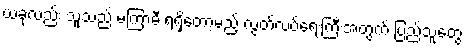
ယခုလည်း သူသည် မကြာမီ ရရှိတော့မည့် လွတ်လပ်ရေးကြီးအတွက် ပြည်သူတွေ